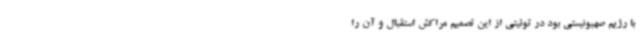
با رژیم صهیونیستی بود در توئیتی از این تصمیم مراکش استقبال و آن را